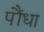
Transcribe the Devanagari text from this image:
पौंधा